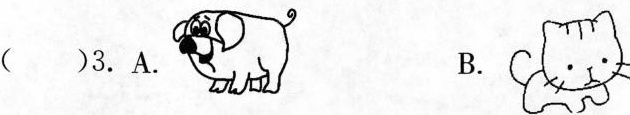
( )3.A. B.